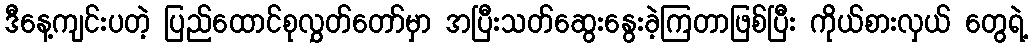
ဒီနေ့ကျင်းပတဲ့ ပြည်ထောင်စုလွှတ်တော်မှာ အပြီးသတ်ဆွေးနွေးခဲ့ကြတာဖြစ်ပြီး ကိုယ်စားလှယ် တွေရဲ့